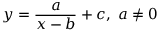
y = { \frac { a } { x - b } } + c , \ a \neq 0